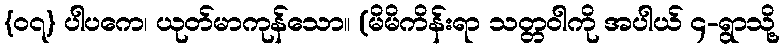
{၀၇} ပါပကေ၊ ယုတ်မာကုန်သော။ (မိမိကိန်းရာ သတ္တဝါကို အပါယ် ၄-ရွာသို့